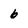
Character: 6